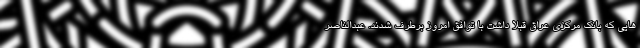
هایی که بانک مرکزی عراق قبلا داشت با توافق امروز برطرف شدند. عبدالناصر